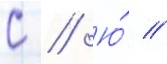
С // Ю́ //